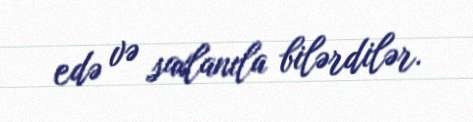
edə və saxlanıla bilərdilər.